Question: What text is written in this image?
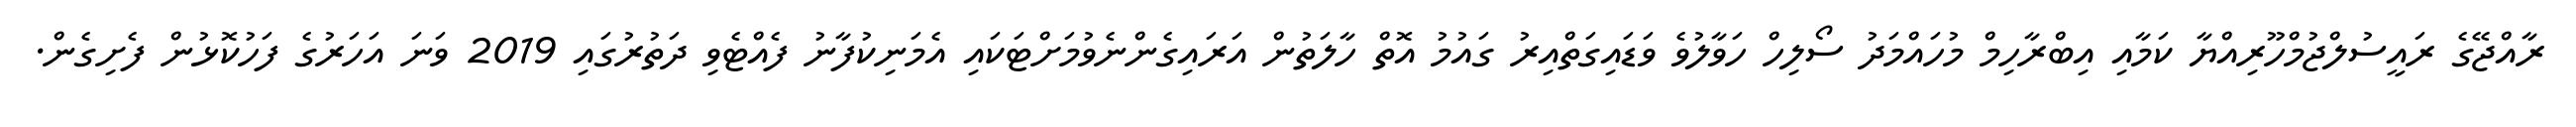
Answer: ރާއްޖޭގެ ރައީސުލްޖުމްހޫރިއްޔާ ކަމާއި އިބްރާހިމް މުހައްމަދު ސޯލިހް ހަވާލުވެ ވަޑައިގަތްއިރު ގައުމު އޮތް ހާލަތުން އަރައިގެންނެވުމަށްޓަކައި އެމަނިކުފާނު ފެއްޓެވި ދަތުރުގައި 2019 ވަނަ އަހަރުގެ ފަހުކޮޅުން ފެށިގެން.